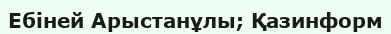
Ебіней Арыстанұлы; Қазинформ